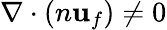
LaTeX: \nabla\cdot(n\textbf{u}_{f})\neq 0